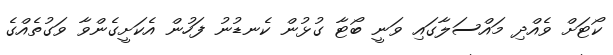
ކޯޓަށް ވެއްދި މައްސަލާގައި ވަނީ ބޯޓާ ގުޅުން ކެނޑުނު ފަހުން އެކަށީގެންވާ ވަގުތެއްގެ